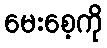
မေးစေ့ကို